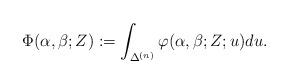
LaTeX: \begin{align*}\Phi(\alpha,\beta;Z) := \int_{\Delta^{(n)}} \varphi (\alpha,\beta;Z;u) du.\end{align*}